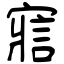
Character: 寣